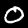
Label: 0